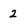
Character: 2